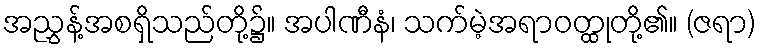
အညွှန့်အစရှိသည်တို့၌။ အပါဏီနံ၊ သက်မဲ့အရာဝတ္ထုတို့၏။ (ဇရာ)